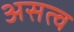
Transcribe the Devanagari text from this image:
असत्व